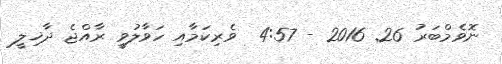
ނޮވެމްބަރު 26